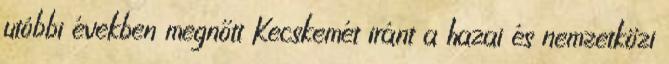
utóbbi években megnőtt Kecskemét iránt a hazai és nemzetközi